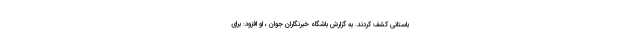
باستانی کشف کردند. به گزارش باشگاه خبرنگاران جوان ، او افزود: برای